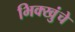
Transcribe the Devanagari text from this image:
भिक्खुंचे